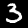
Digit: 3